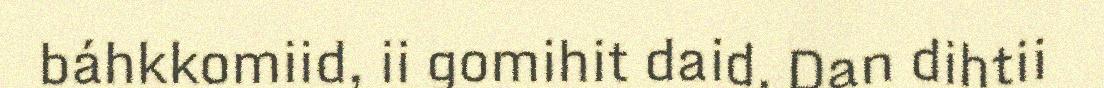
báhkkomiid, ii gomihit daid. Dan dihtii